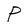
Character: P